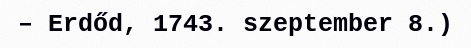
– Erdőd, 1743. szeptember 8.)